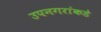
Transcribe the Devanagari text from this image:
उपनगरांकडे